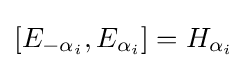
[E_{-\alpha _{i}},E_{\alpha _{i}}]=H_{\alpha _{i}}